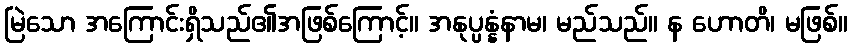
မြဲသော အကြောင်းရှိသည်၏အဖြစ်ကြောင့်။ အနုပ္ပန္နံနာမ၊ မည်သည်။ န ဟောတိ၊ မဖြစ်။